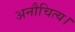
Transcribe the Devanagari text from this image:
अनौचित्य।